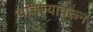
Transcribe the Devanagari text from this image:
चाचण्यांवरून